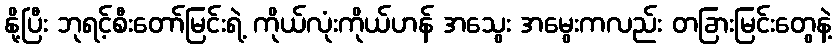
နို့ပြီး ဘုရင့်စီးတော်မြင်းရဲ့ ကိုယ်လုံးကိုယ်ဟန် အသွေး အမွေးကလည်း တခြားမြင်းတွေနဲ့